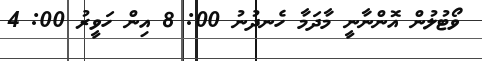
ވޯޓުލުން އޮންނާނީ މާދަމާ ހެނދުނު 00: 8 އިން ހަވީރު 00: 4